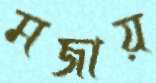
মজায়